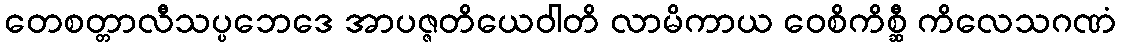
တေစတ္တာလီသပ္ပဘေဒေ အာပဇ္ဇတိယေဝါတိ လာမိကာယ ဝေစိကိစ္ဆီ ကိလေသဂဏံ